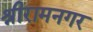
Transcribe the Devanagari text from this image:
श्रीरामनगर